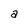
Character: a